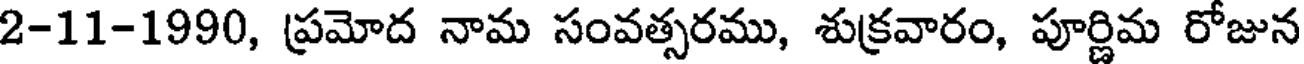
2-11-1990, ప్రమోద నామ సంవత్సరము, శుక్రవారం, పూర్ణిమ రోజున